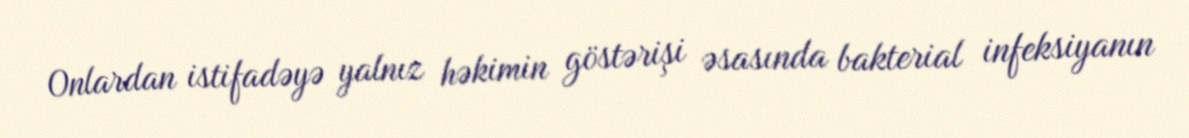
Onlardan istifadəyə yalnız həkimin göstərişi əsasında bakterial infeksiyanın